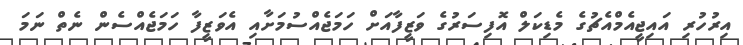
އިރުހުރި އައިޖީއެމްއެޗުގެ މެޑިކަލް އޮފިސަރުގެ ވަޒީފާއަށް ހަމަޖެއްސުމަށާއި އެވަޒީފާ ހަމަޖެއްސެން ނެތް ނަމަ